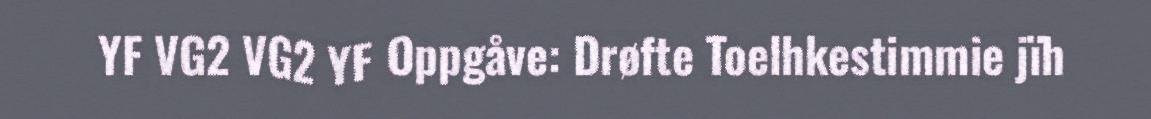
YF VG2 VG2 YF Oppgåve: Drøfte Toelhkestimmie jïh